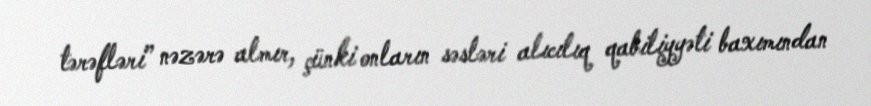
tərəfləri” nəzərə almır, çünki onların səsləri alıcılıq qabiliyyəti baxımından